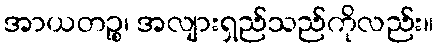
အာယတဉ္စ၊ အလျားရှည်သည်ကိုလည်း။